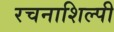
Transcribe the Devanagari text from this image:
रचनाशिल्पी